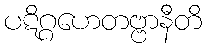
ပဋိဂ္ဂဟေတဗ္ဗာနီတိ